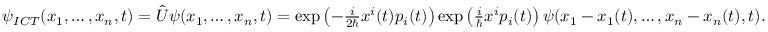
\begin{array} { r } { \psi _ { I C T } ( x _ { 1 } , \dots , x _ { n } , t ) = \hat { U } \psi ( x _ { 1 } , \dots , x _ { n } , t ) = \exp \left( - \frac { i } { 2 \hbar } x ^ { i } ( t ) p _ { i } ( t ) \right) \exp \left( \frac { i } { \hbar } x ^ { i } p _ { i } ( t ) \right) \psi ( x _ { 1 } - x _ { 1 } ( t ) , \dots , x _ { n } - x _ { n } ( t ) , t ) . } \end{array}